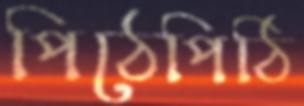
পিঠেপিঠি